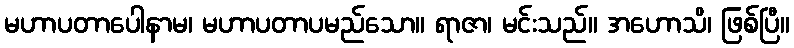
မဟာပတာပေါနာမ၊ မဟာပတာပမည်သော။ ရာဇာ၊ မင်းသည်။ အဟောသိ၊ ဖြစ်ပြီ။